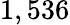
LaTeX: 1,536